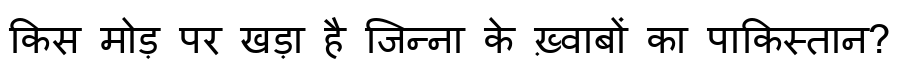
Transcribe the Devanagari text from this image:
किस मोड़ पर खड़ा है जिन्ना के ख़्वाबों का पाकिस्तान?